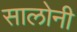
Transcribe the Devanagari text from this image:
सालोनी